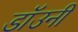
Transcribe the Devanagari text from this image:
डाॅउनी